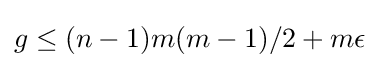
g\leq (n-1)m(m-1)/2+m\epsilon